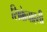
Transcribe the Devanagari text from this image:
सिक्केचाहती